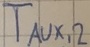
Text: TAUX,2